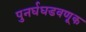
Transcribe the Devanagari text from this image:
पुनर्घघडवणूक